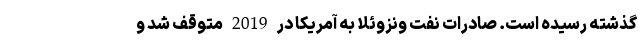
گذشته رسیده است. صادرات نفت ونزوئلا به آمریکا در 2019 متوقف شد و